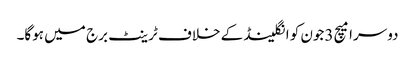
دوسرا میچ 3جون کو انگلینڈ کے خلاف ٹرینٹ برج میں ہوگا۔